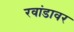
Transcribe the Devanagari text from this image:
रवांडावर